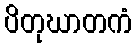
ပိတုဃာတကံ